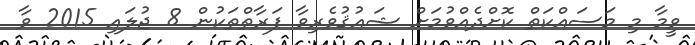
ވީމާ މި މަސައްކަތް ކޮށްދެއްވުމަށް ޝައުޤުވެރިވާ ފަރާތްތަކުން 8 ޖުލައި 2015 ވާ